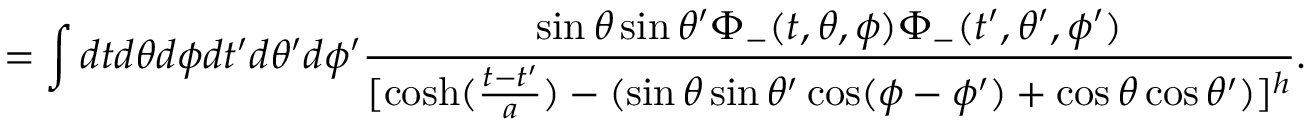
= \int d t d \theta d \phi d t ^ { \prime } d \theta ^ { \prime } d \phi ^ { \prime } \frac { \sin \theta \sin \theta ^ { \prime } \Phi _ { - } ( t , \theta , \phi ) \Phi _ { - } ( t ^ { \prime } , \theta ^ { \prime } , \phi ^ { \prime } ) } { [ \cosh ( \frac { t - t ^ { \prime } } { a } ) - ( \sin \theta \sin \theta ^ { \prime } \cos ( \phi - \phi ^ { \prime } ) + \cos \theta \cos \theta ^ { \prime } ) ] ^ { h } } .